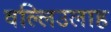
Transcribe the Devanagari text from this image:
वल्लिउलाह